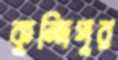
কুন্দিপুর